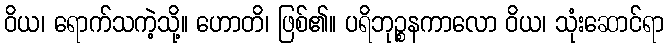
ဝိယ၊ ရောက်သကဲ့သို့။ ဟောတိ၊ ဖြစ်၏။ ပရိဘုဉ္စနကာလော ဝိယ၊ သုံးဆောင်ရာ